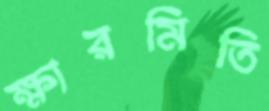
ক্ষারমিতি